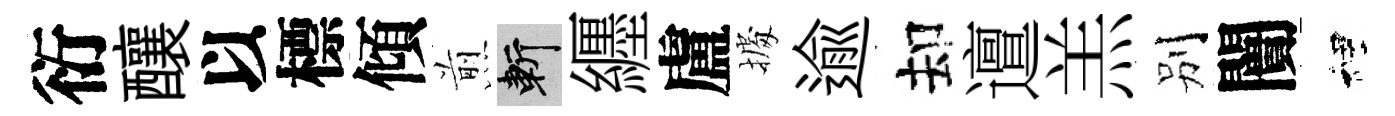
衍釀以標傾煎斬纒盧𢴃逾却邅羔别闠裡